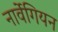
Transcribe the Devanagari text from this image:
नार्वेगियन